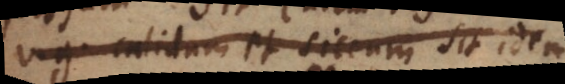
v.g. calidum et siccum sit idem